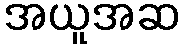
အယူအဆ